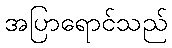
အပြာရောင်သည်